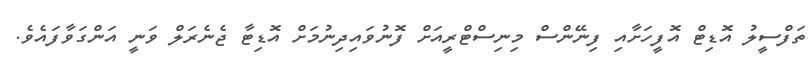
ތަފްސީލު އޮޑިޓް އޮފީހަށާއި ފިނޭންސް މިނިސްޓްރީއަށް ފޮނުވައިދިނުމަށް އޮޑިޓާ ޖެނެރަލް ވަނީ އަންގަވާފައެވެ.